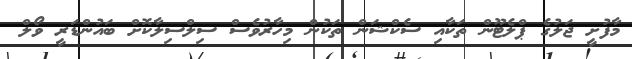
މާފުށީ ޖަލުގެ ޕްލެޓޫން ތަކާއި ސެކްޝަން ތަކުން މިހާރުވެސް ސިލްސިލާކޮށް ބައުންޑަރީ ވޯލް